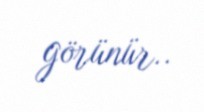
görünür..